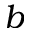
b